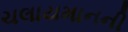
ચલાયમાનની